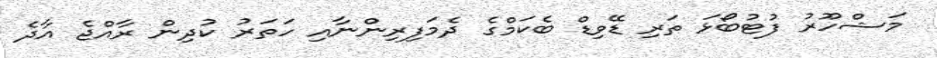
މަޝްހޫރު ފުޓުބޯޅަ ތަރި ޑޭވިޑް ބެކަމްގެ ދެމަފިރިންނާއި ހަތަރު ކުދިން ރާއްޖެ އާދެ